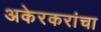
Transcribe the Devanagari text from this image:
अकेरकरांचा